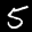
Label: 5